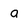
Character: a